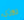
روزي